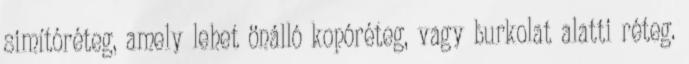
simítóréteg, amely lehet önálló kopóréteg, vagy burkolat alatti réteg.